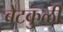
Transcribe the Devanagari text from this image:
बेटकुळी